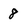
Character: 8